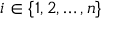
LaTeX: i \in \{ 1 , 2 , \dots , n \}